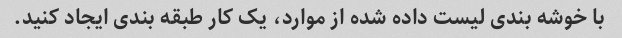
با خوشه بندی لیست داده شده از موارد، یک کار طبقه بندی ایجاد کنید.